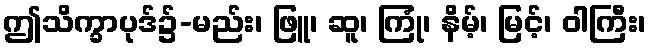
ဤသိက္ခာပုဒ်၌-မည်း၊ ဖြူ၊ ဆူ၊ ကြုံ၊ နိမ့်၊ မြင့်၊ ဝါကြီး၊